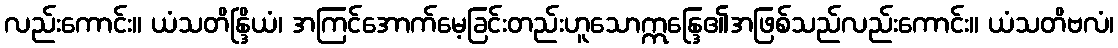
လည်းကောင်း။ ယံသတိန္ဒြိယံ၊ အကြင်အောက်မေ့ခြင်းတည်းဟူသောဣန္ဒြေ၏အဖြစ်သည်လည်းကောင်း။ ယံသတိဗလံ၊